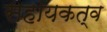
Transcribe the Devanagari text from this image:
सहायकत्व